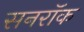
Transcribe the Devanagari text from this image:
सनरॉक